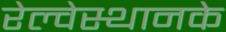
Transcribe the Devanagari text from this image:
रेल्वेस्थानके